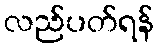
လည်ပတ်ရန်